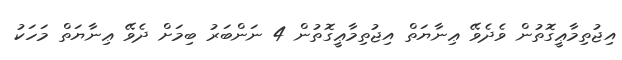
އިޖުތިމާޢީގޮތުން ވެދެވޭ ޢިނާޔަތް އިޖުތިމާޢީގޮތުން 4 ނަންބަރު ބިމަށް ދެވޭ ޢިނާޔަތް މަހަކު